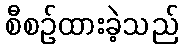
စီစဉ်ထားခဲ့သည်